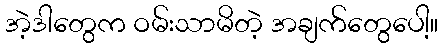
အဲ့ဒါတွေက ဝမ်းသာမိတဲ့ အချက်တွေပေါ့။